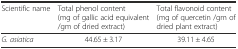
<table><thead><tr><td><b>Scientific name</b></td><td><b>Total phenol content (mg of gallic acid equivalent /gm of dried extract)</b></td><td><b>Total flavonoid content (mg of quercetin /gm of dried plant extract)</b></td></tr></thead><tbody><tr><td><i>G. asiatica</i></td><td>44.65 ± 3.17</td><td>39.11 ± 4.65</td></tr></tbody></table>